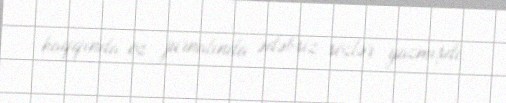
haqqında öz jurnalında ədəbsiz sözlər yazmışdı.